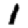
Digit: 1